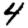
Digit: 4